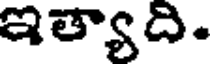
ఇత్యాది.